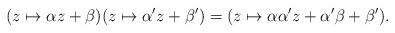
LaTeX: \begin{align*}(z\mapsto \alpha z+\beta)(z\mapsto \alpha'z+\beta')=(z\mapsto \alpha\alpha'z+\alpha'\beta+\beta').\end{align*}